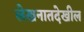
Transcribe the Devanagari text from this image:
लेखनातदेखील